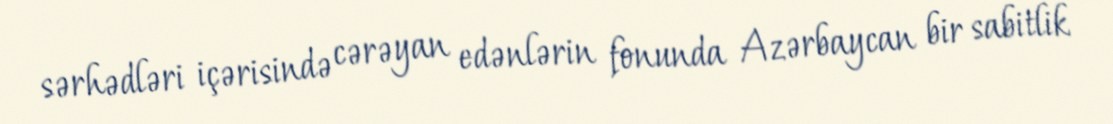
sərhədləri içərisində cərəyan edənlərin fonunda Azərbaycan bir sabitlik